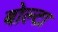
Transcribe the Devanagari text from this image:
बोल्टा